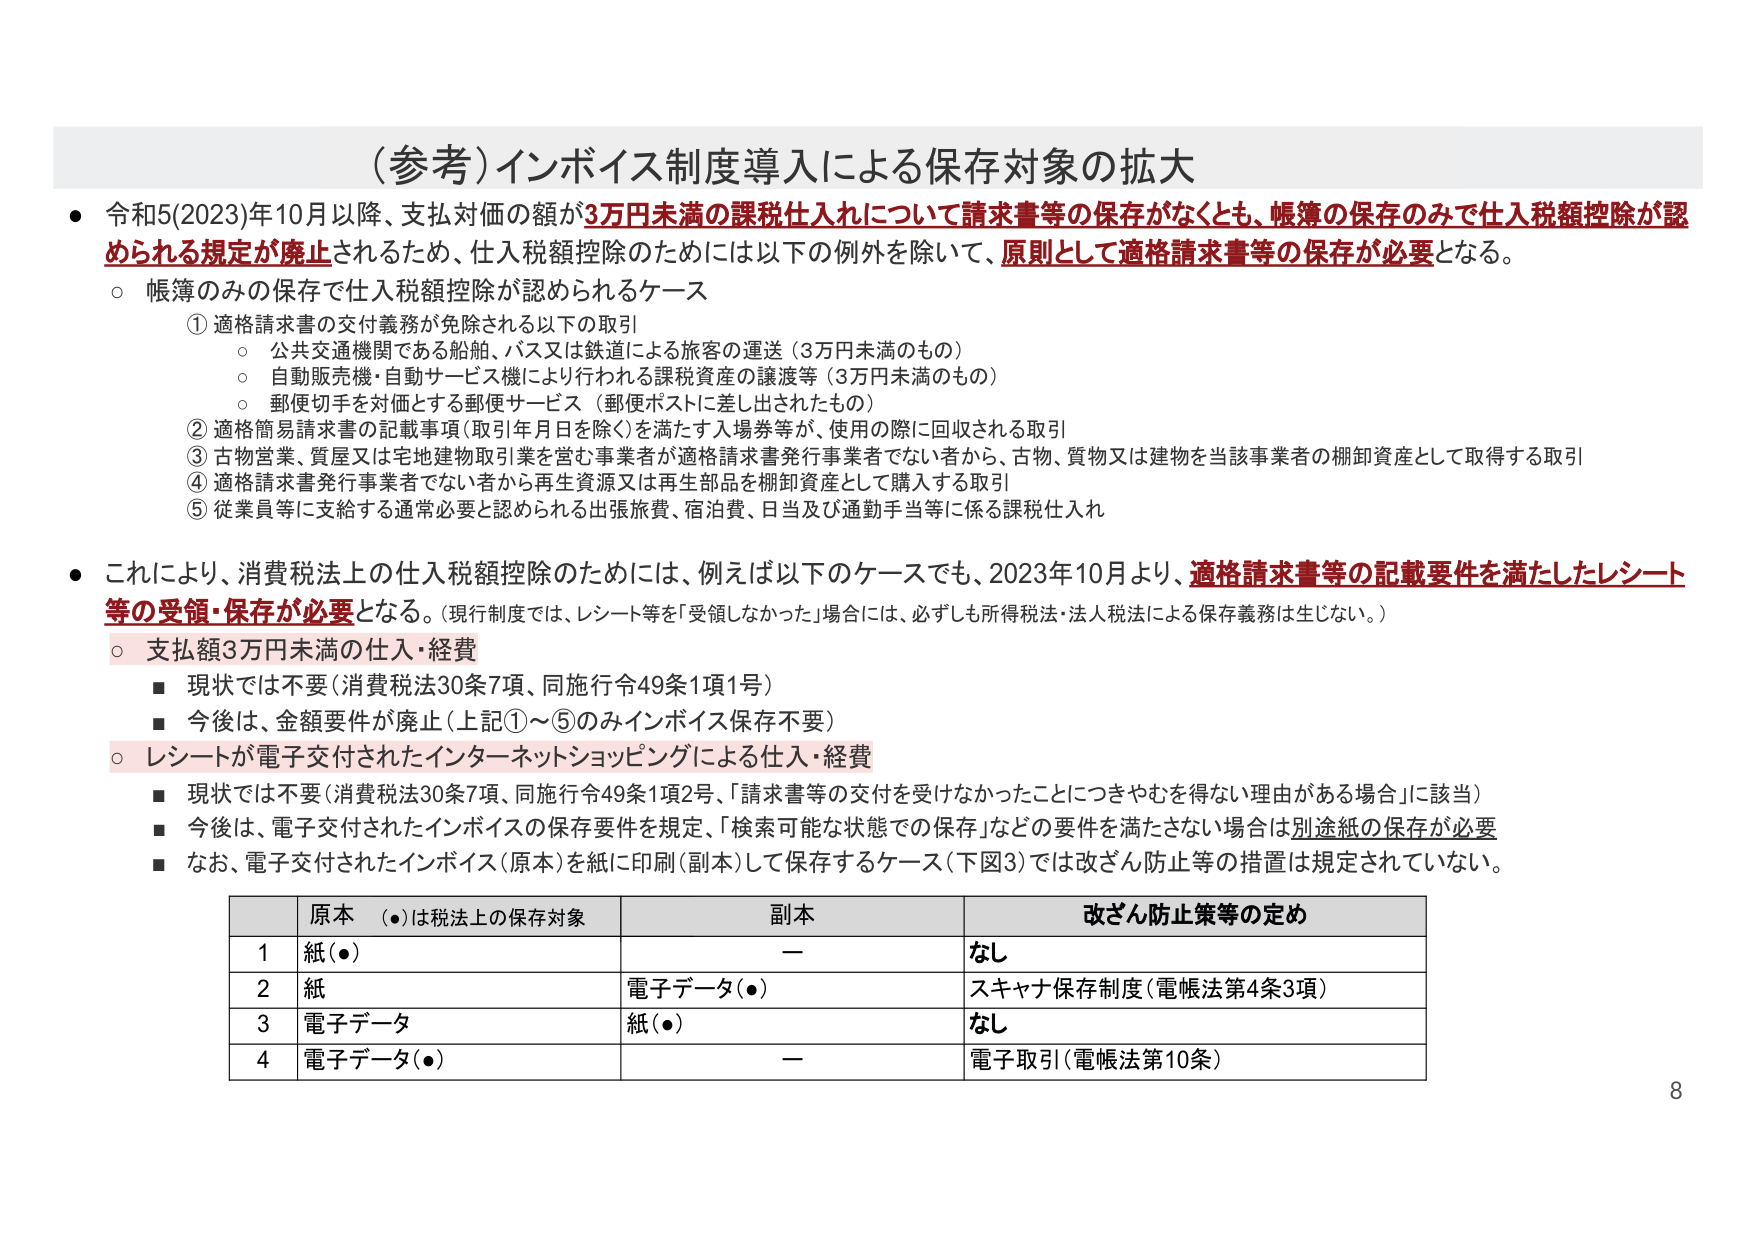
（参考）インボイス制度導入による保存対象の拡大

● 令和5(2023)年10月以降、支払対価の額が3万円未満の課税仕入れについて請求書等の保存がなくとも、帳簿の保存のみで仕入税額控除が認められる規定が廃止されるため、仕入税額控除のためには以下の例外を除いて、原則として適格請求書等の保存が必要となる。

○ 帳簿のみの保存で仕入税額控除が認められるケース
　① 適格請求書の交付義務が免除される以下の取引
　　○ 公共交通機関である船舶、バス又は鉄道による旅客の運送（3万円未満のもの）
　　○ 自動販売機・自動サービス機により行われる課税資産の譲渡等（3万円未満のもの）
　　○ 郵便切手を対価とする郵便サービス（郵便ポストに差し出されたもの）
　② 適格簡易請求書の記載事項（取引年月日を除く）を満たす入場券等が、使用の際に回収される取引
　③ 古物営業、質屋又は宅地建物取引業を営む事業者が適格請求書発行事業者でない者から、古物、質物又は建物を当該事業者の棚卸資産として取得する取引
　④ 適格請求書発行事業者でない者から再生資源又は再生部品を棚卸資産として購入する取引
　⑤ 従業員等に支給する通勤必要と認められる出張旅費、宿泊費、日当及び通勤手当等に係る課税仕入れ

● これにより、消費税法上の仕入税額控除のためには、例えば以下のケースでも、2023年10月より、適格請求書等の記載要件を満たしたレシート等の受領・保存が必要となる。（現行制度では、レシート等を「受領しなかった」場合には、必ずしも所得税法・法人税法による保存義務は生じない。）

○ 支払額3万円未満の仕入・経費
　■ 現状では不要（消費税法30条7項、同施行令49条1項1号）
　■ 今後は、金額要件が廃止（上記①～⑤のみインボイス保存不要）

○ レシートが電子交付されたインターネットショッピングによる仕入・経費
　■ 現状では不要（消費税法30条7項、同施行令49条1項2号、「請求書等の交付を受けなかったことにつきやむを得ない理由がある場合」に該当）
　■ 今後は、電子交付されたインボイスの保存要件を規定、「検索可能な状態での保存」などの要件を満たさない場合は別途紙の保存が必要
　■ なお、電子交付されたインボイス（原本）を紙に印刷（副本）して保存するケース（下図3）では改ざん防止等の措置は規定されていない。

| | 原本 （●）は税法上の保存対象 | 副本 | 改ざん防止策等の定め |
|---|---|---|---|
| 1 | 紙（●） | — | なし |
| 2 | 紙 | 電子データ（●） | スキャナ保存制度（電帳法第4条3項） |
| 3 | 電子データ | 紙（●） | なし |
| 4 | 電子データ（●） | — | 電子取引（電帳法第10条） |

8